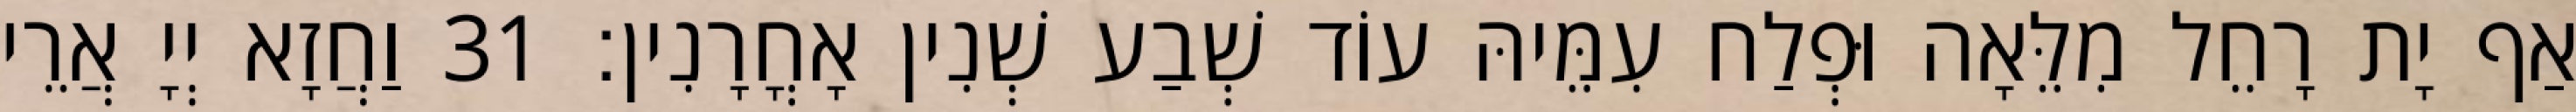
אַף יָת רָחֵל מִלֵּאָה וּפְלַח עִמֵּיהּ עוֹד שְׁבַע שְׁנִין אָחֳרָנִין׃ 31 וַחֲזָא יְיָ אֲרֵי